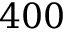
4 0 0